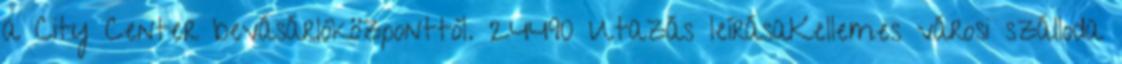
a City Center bevásárlóközponttól. 24490 Utazás leírásaKellemes városi szálloda